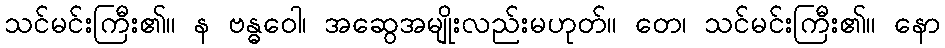
သင်မင်းကြီး၏။ န ဗန္ဓဝေါ၊ အဆွေအမျိုးလည်းမဟုတ်။ တေ၊ သင်မင်းကြီး၏။ နော